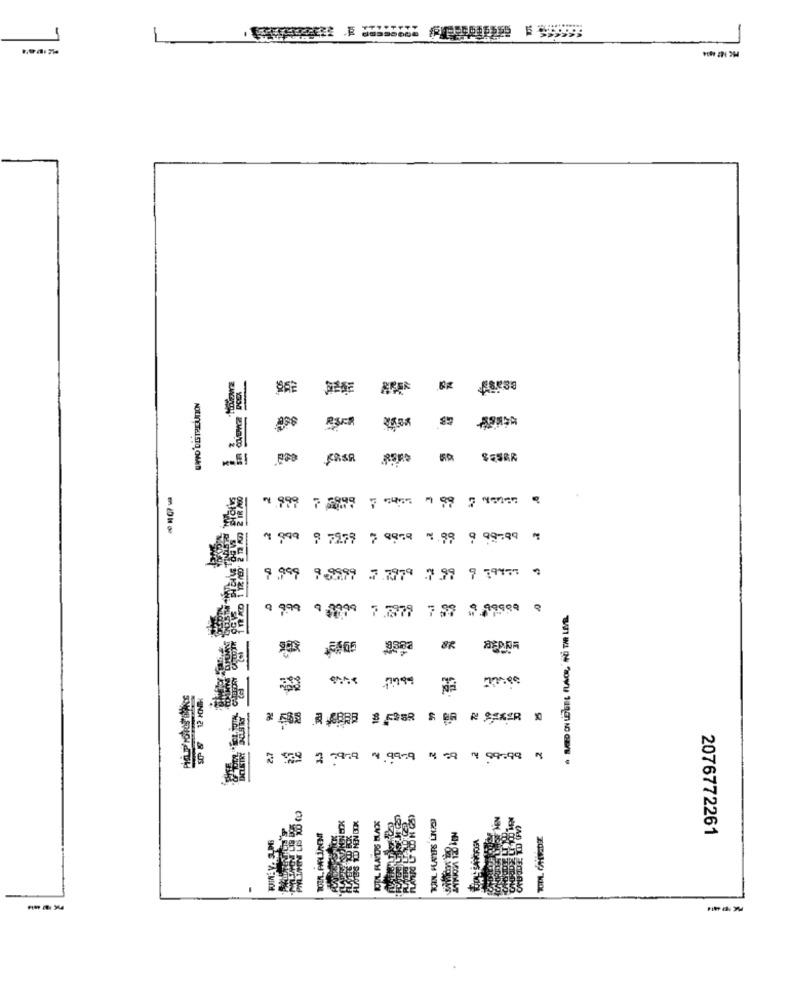
-
498
R&CR
** SESER
4 999 7 5899 7 6465 1 99 7 45067
1 999 9 7979 7 9979 8.99 9 99:49 "
9.999 9,9899 7.7979 7.99 9 1945 %
9 999 9,9999
7.777 737 0.89999 Q
OR
3 539 2 7979 4 9979 4 59 9 99:99 4
TL RATHS BLAK
2076772261